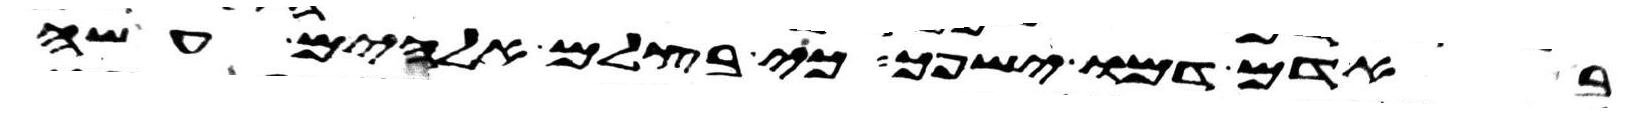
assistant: באדם דמו ישפך כי בצלם אלהים עשה